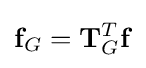
\mathbf {f} _{G}=\mathbf {T} _{G}^{T}\mathbf {f}